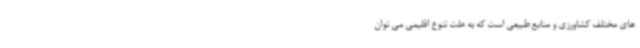
های مختلف کشاورزی و منابع طبیعی است که به علت تنوع اقلیمی می توان